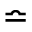
\bumpeq